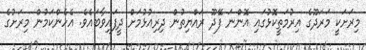
މިރަށަކީ މަރަދޫގެ އިރުމަތީކޮޅުގައި އޮންނަ ފޭދޫ ރައްޔިތުން ދިރިއުޅުމަށް ދީފައިވާބައެވެ. އެހެންކަމުން މިރަށުގެ